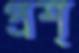
প্রশ্